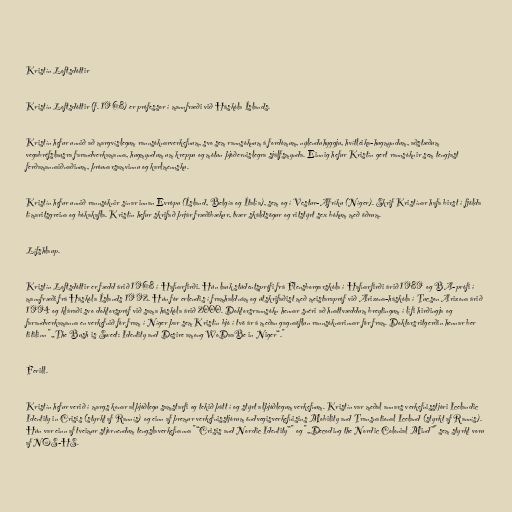
Kristín Loftsdóttir

Kristín Loftsdóttir (f. 1968) er prófessor í mannfræði við Háskóla Íslands.

Kristín hefur unnið að margvíslegum rannsóknarverkefnum, svo sem rannsóknum á fordómum, nýlenduhyggju, hvítleika-hugmyndum, aðstæðum
vegabréfslausra farandverkamanna, hugmyndum um kreppu og mótun þjóðernislegra sjálfsmynda. Einnig hefur Kristín gert rannsóknir sem tengjast
ferðamannaiðnaðinum, þróunarsamvinnu og karlmennsku.

Kristín hefur unnið rannsóknir sínar innan Evrópu (Ísland, Belgía og Ítalía), sem og í Vestur-Afríku (Níger). Skrif Kristínar hafa birst í fjölda
tímaritsgreina og bókakafla. Kristín hefur skrifað þrjár fræðibækur, tvær skáldsögur og ritstýrt sex bókum með öðrum.

Lífshlaup.

Kristín Loftsdóttir er fædd árið 1968 í Hafnarfirði. Hún lauk stúdentsprófi frá Flensborgarskóla í Hafnarfirði árið 1989 og BA-prófi í
mannfræði frá Háskóla Íslands 1992. Hún fór erlendis í framhaldnám og útskrifaðist með meistarapróf við Arizona-háskóla í Tucson Arizona árið
1994 og kláraði svo doktorspróf við sama háskóla árið 2000. Doktorsrannsókn hennar snéri að hnattvæddum breytingum í lífi hirðingja og
farandverkamanna en verkefnið fór fram í Níger þar sem Kristín bjó í tvö ár á meðan gagnaöflun rannsóknarinnar fór fram. Doktorsritgerðin hennar ber
titilinn "„The Bush is Sweet: Identity and Desire among WoDaaBe in Niger“."

Ferill.

Kristín hefur verið í margs konar alþjóðlegu samstarfi og tekið þátt í og stýrt alþjóðlegum verkefnum. Kristín var meðal annars verkefnisstjóri Icelandic
Identity in Crisis (styrkt af Rannís) og einn af þremur verkefnisstjórum öndvegisverkefnisins Mobility and Transnational Iceland (styrkt af Rannís).
Hún var einn af tveimur stjórnendum tengslaverkefnanna "“Crisis and Nordic Identity”" og "„Decoding the Nordic Colonial Mind”" sem styrkt voru
af NOS-HS.